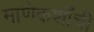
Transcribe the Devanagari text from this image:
माणेकशाँची